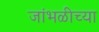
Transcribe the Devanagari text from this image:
जांभळीच्या